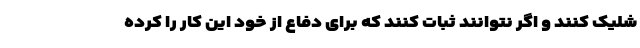
شلیک کنند و اگر نتوانند ثبات کنند که برای دفاع از خود این کار را کرده